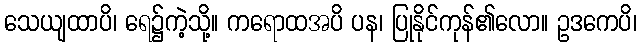
သေယျထာပိ၊ ရေ၌ကဲ့သို့။ ကရောထအပိ ပန၊ ပြုနိုင်ကုန်၏လော။ ဥဒကေပိ၊